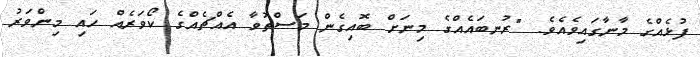
ފުޅެއްގެ މާނާގައިވެއެވެ. "ރުނބައެއްގެ މިނަށް ބޮއިގެން މަސްތުވާ އެއްޗެއްގެ ކޯވަރެއް ހައި މިންވަރު